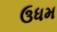
ઉધમ